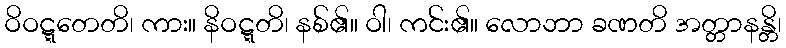
ဝိဝဋ္ဋတေတိ၊ ကား။ နိဝဋ္ဋတိ၊ နစ်၏။ ဝါ၊ ကင်း၏။ လောဘာ ခဏတိ အတ္တာနန္တိ၊